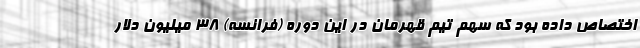
اختصاص داده بود که سهم تیم قهرمان در این دوره (فرانسه) 38 میلیون دلار